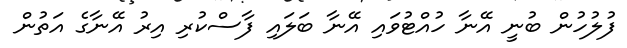
ފުލުހުން ބުނީ އޭނާ ހުއްޓުވައި އޭނާ ބަލައި ފާސްކުރި އިރު އޭނާގެ އަތުން